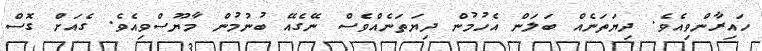
ހައިރާންވިއެވެ. ދިޔަތަނެއް ބަލަން އެހުމުން ދިޔަތަނެއްވެސް ނޭގެއޭ ބުނުމުން މާޔޫސްވިއެވެ. ގެއަށް ގޮސް